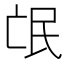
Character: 氓